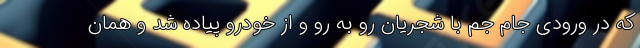
که در ورودیِ جام جم با شجریان رو به رو و از خودرو پیاده شد و همان